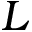
L